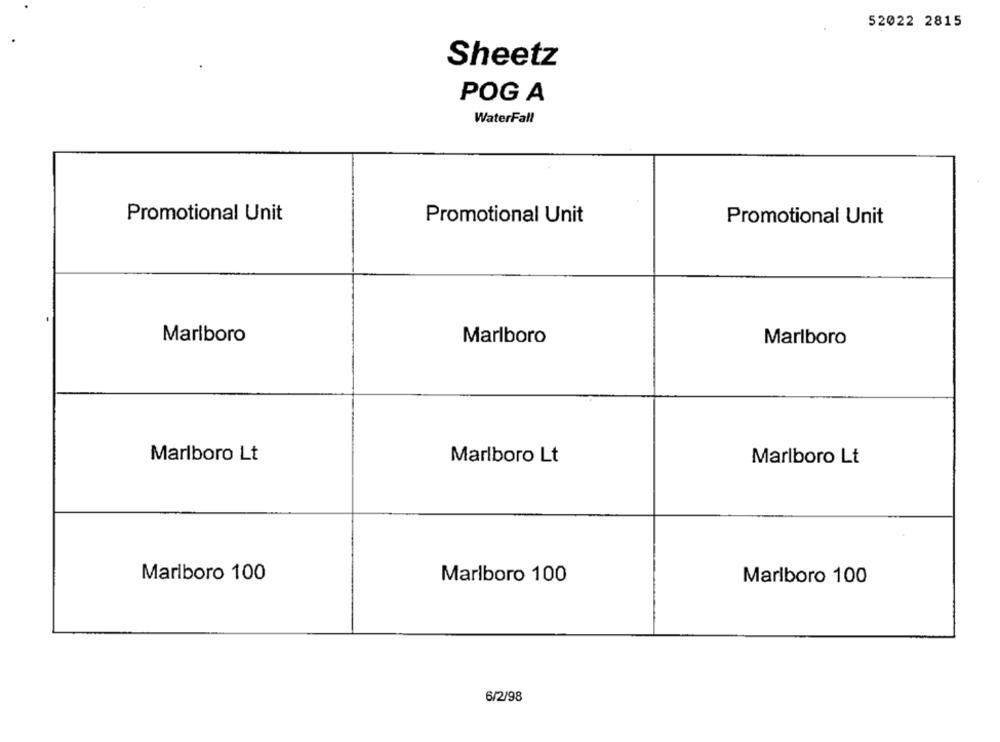
52022 2815
Sheetz
POG A
WaterFall
Promotional Unit
Promotional Unit
Promotional Unit
Marlboro
Marlboro
Marlboro
Marlboro Lt
Marlboro Lt
Marlboro Lt
Marlboro 100
Marlboro 100
Marlboro 100
6/2/98